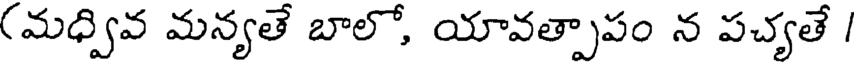
(మధ్వివ మన్యతే బాలో, యావత్పాపం న పచ్యతే /